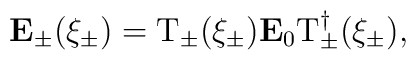
{\bf E}_\pm(\xi_\pm)={\rm T}_\pm(\xi_\pm){\bf E}_0{\rm T}^{\dagger}_\pm(\xi_\pm),